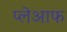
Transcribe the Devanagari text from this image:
प्लेआफ